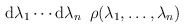
\begin{align*}{\rm d} \lambda_1 \cdots {\rm d} \lambda_n\,\,\, \rho(\lambda_1,\ldots , \lambda_n )\end{align*}